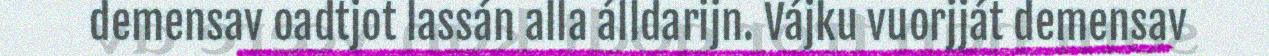
demensav oadtjot lassán alla álldarijn. Vájku vuorjját demensav